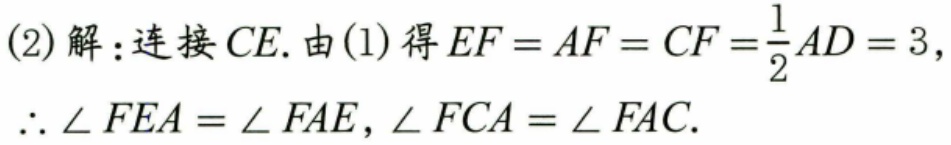
(2)解：连接\(CE\).由(1)得\(EF = AF = CF=\frac{1}{2}AD = 3\)，
\(\therefore \angle FEA=\angle FAE,\angle FCA=\angle FAC\).